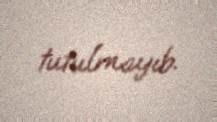
tutulmayıb.